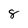
Character: 8